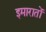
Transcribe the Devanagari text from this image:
इमारातों